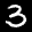
Label: 3